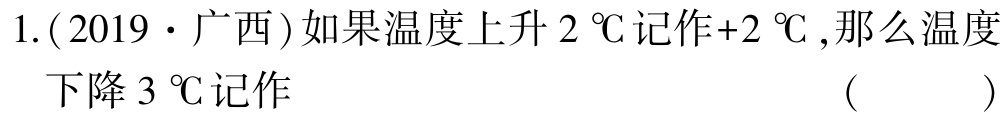
1.(2019·广西)如果温度上升$2\ ^{\circ}\text{C}$记作$+2\ ^{\circ}\text{C}$,那么温度下降$3\ ^{\circ}\text{C}$记作 （  ）